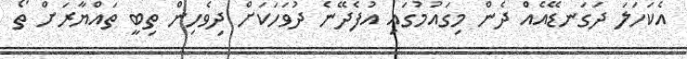
އެކަހަލަ ދަގަނޑޭއެއް ދެން މިގައުމުގައި އުފެދޭނެ ދުވަހަކަށް ދިވެހިން ތިބީ ތައްޔާރަށް ތޯ